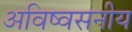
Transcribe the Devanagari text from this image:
अविष्वसनीय